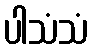
ပါသံသံ